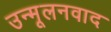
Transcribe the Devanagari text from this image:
उन्मूलनवाद